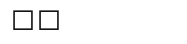
١٠